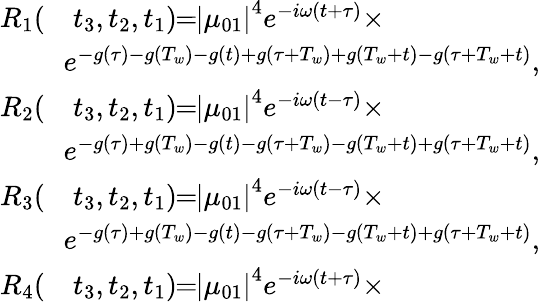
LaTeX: \begin{array}{rl}{R_{1}(}&{{}t_{3},t_{2},t_{1})\! \! =\! \! \left|\mu_{01}\right|^{4}e^{-i\omega(t+\tau)}\times}\\ {\! \! }&{{}\! \! e^{-g(\tau)-g(T_{w})-g(t)+g(\tau+T_{w})+g(T_{w}+t)-g(\tau+T_{w}+t)},}\\ {R_{2}(}&{{}t_{3},t_{2},t_{1})\! \! =\! \! \left|\mu_{01}\right|^{4}e^{-i\omega(t-\tau)}\times}\\ {\! \! }&{{}\! \! e^{-g(\tau)+g(T_{w})-g(t)-g(\tau+T_{w})-g(T_{w}+t)+g(\tau+T_{w}+t)},}\\ {R_{3}(}&{{}t_{3},t_{2},t_{1})\! \! =\! \! \left|\mu_{01}\right|^{4}e^{-i\omega(t-\tau)}\times}\\ {\! \! }&{{}\! \! e^{-g(\tau)+g(T_{w})-g(t)-g(\tau+T_{w})-g(T_{w}+t)+g(\tau+T_{w}+t)},}\\ {R_{4}(}&{{}t_{3},t_{2},t_{1})\! \! =\! \! \left|\mu_{01}\right|^{4}e^{-i\omega(t+\tau)}\times}\end{array}